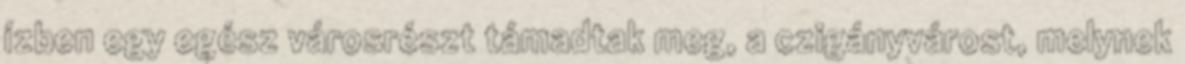
ízben egy egész városrészt támadtak meg, a czigányvárost, melynek